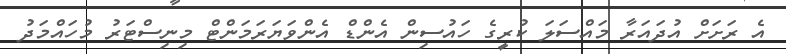
އެ ރަށަށް އުދައަރާ މައްސަލަ ކުރީގެ ހައުސިން އެންޑް އެންވަޔަރަމަންޓް މިނިސްޓަރު މުހައްމަދު